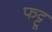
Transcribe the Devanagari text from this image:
फट्टू